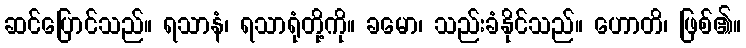
ဆင်ပြောင်သည်။ ရသာနံ၊ ရသာရုံတို့ကို။ ခမော၊ သည်းခံနိုင်သည်။ ဟောတိ၊ ဖြစ်၏။